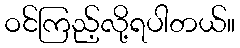
ဝင်ကြည့်လို့ရပါတယ်။